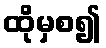
ထိုမှစ၍